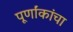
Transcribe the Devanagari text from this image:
पूर्णांकांचा